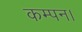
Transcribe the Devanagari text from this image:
कम्पन।